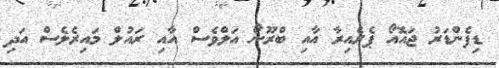
ޑިފެންޑަރު ޖައޮއޯ ޕެރެއިރާ އާއި ބްރޫނޯ އަލްވެސް އާއި ރައުލް މައިރެލެސް އަދި